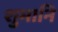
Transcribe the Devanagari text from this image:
शुभानि